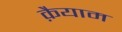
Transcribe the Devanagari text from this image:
क़ैयाम